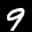
Label: 9